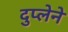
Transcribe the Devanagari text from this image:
दुप्लेने